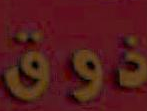
ذوق